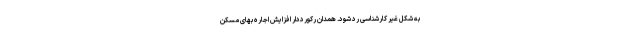
به شکل غیر کارشناسی رد شود. همدان رکورددار افزایش اجاره بهای مسکن